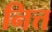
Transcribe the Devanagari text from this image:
नित्त